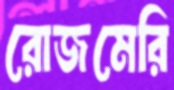
রোজমেরি